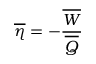
\overline { { \eta } } = - \frac { \overline { { W } } } { \overline { { Q } } }